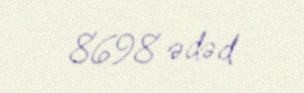
8698 ədəd